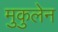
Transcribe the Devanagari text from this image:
मुकुलेन